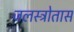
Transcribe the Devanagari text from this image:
जलस्त्रोतास